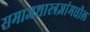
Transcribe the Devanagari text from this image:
समाजशास्त्रज्ञांमधील